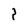
Character: P